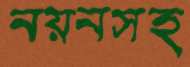
নয়নসহ